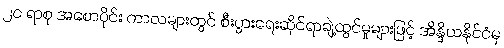
၂၀ ရာစု အစောပိုင်း ကာလများတွင် စီးပွားရေးဆိုင်ရာချဲ့ထွင်မှုများဖြင့် အိန္ဒိယနိုင်ငံမှ